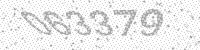
Solution: 063379